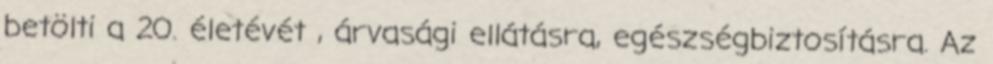
betölti a 20. életévét , árvasági ellátásra, egészségbiztosításra. Az